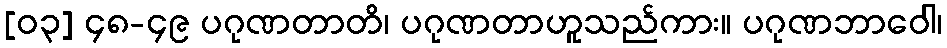
[၀၃] ၄၈-၄၉ ပဂုဏတာတိ၊ ပဂုဏတာဟူသည်ကား။ ပဂုဏဘာဝေါ၊